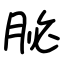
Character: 䏟